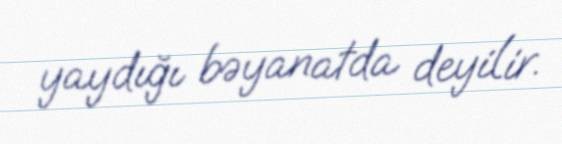
yaydığı bəyanatda deyilir.